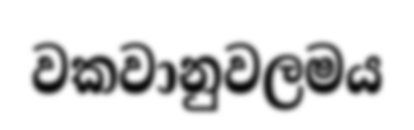
වකවානුවලමය